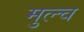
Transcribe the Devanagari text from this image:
मुल्च